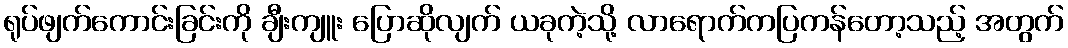
ရုပ်ဖျက်ကောင်းခြင်းကို ချီးကျူး ပြောဆိုလျက် ယခုကဲ့သို့ လာရောက်ကပြကန်တော့သည့် အတွက်